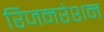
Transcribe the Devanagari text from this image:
रिजनरेशन